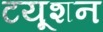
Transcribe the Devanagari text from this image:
टयूशन